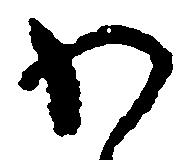
わ